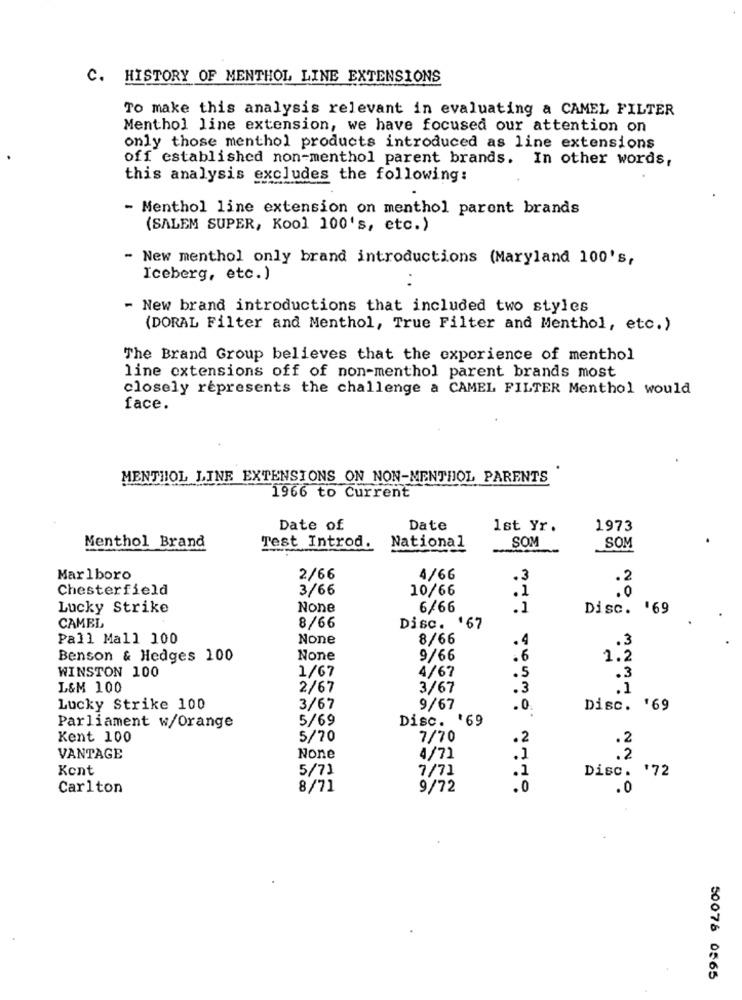
C. HISTORY OF MENTHOL LINE EXTENSIONS
To make this analysis relevant in evaluating a CAMEL FILTER
Menthol line extension, we have focused our attention on
only those menthol products introduced as line extensions
off established non-menthol parent brands. In other words,
this analysis excludes the following:
- Menthol line extension on menthol parent brands
(SALEM SUPER, Kool 100's, etc.)
- New menthol only brand introductions (Maryland 100's,
Iceberg, etc.)
New brand introductions that included two styles
(DORAL Filter and Menthol, True Filter and Menthol, etc.)
The Brand Group believes that the experience of menthol
line extensions off of non-menthol parent brands most
closely represents the challenge a CAMEL FILTER Menthol would
face.
MENTHOL LINE EXTENSIONS ON NON-MENTHOL PARENTS
1966 to Current
Date of
Date
Ist Yr.
1973
SOM
Menthol Brand
Test Introd.
National
SOM
Marlboro
2/66
4/66
.3
.2
Chesterfield
3/66
10/66
.1
.0
Lucky Strike
6/66
.1
Disc. '69
CAMEL
8/66
Disc. '67
Pall Mall 100
8/66
.4
.3
Benson & Hedges 100
9/66
.6
1.2
WINSTON 100
1/67
4/67
.5
.3
L&M 100
2/67
3/67
.3
.1
Lucky Strike 100
3/67
9/67
.0.
Disc. '69
5/69
Disc. '69
Parliament w/Orange
Kent 100
5/70
7/70
.2
2
VANTAGE
4/71
.1
.2
Kent
5/71
7/71
.1
Disc. '72
Carlton
8/71
9/72
.0
.0
50078 0565